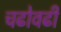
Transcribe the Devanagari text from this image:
चढोवढी